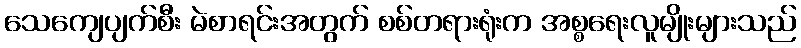
သေကျေပျက်စီး မဲစာရင်းအတွက် စစ်တရားရုံးက အစ္စရေးလူမျိုးများသည်